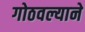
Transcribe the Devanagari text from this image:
गोठवल्याने